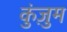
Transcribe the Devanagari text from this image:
कुंज़ुम